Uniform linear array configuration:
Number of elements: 16
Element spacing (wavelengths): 0.25
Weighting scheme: exponential
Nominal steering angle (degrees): -45
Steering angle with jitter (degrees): -45.161
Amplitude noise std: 0.05
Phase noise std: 0.05

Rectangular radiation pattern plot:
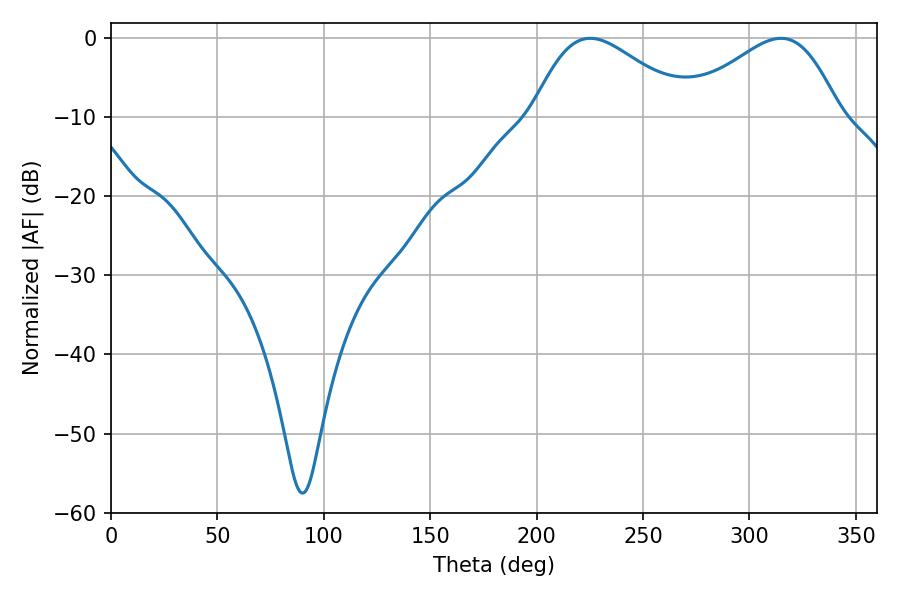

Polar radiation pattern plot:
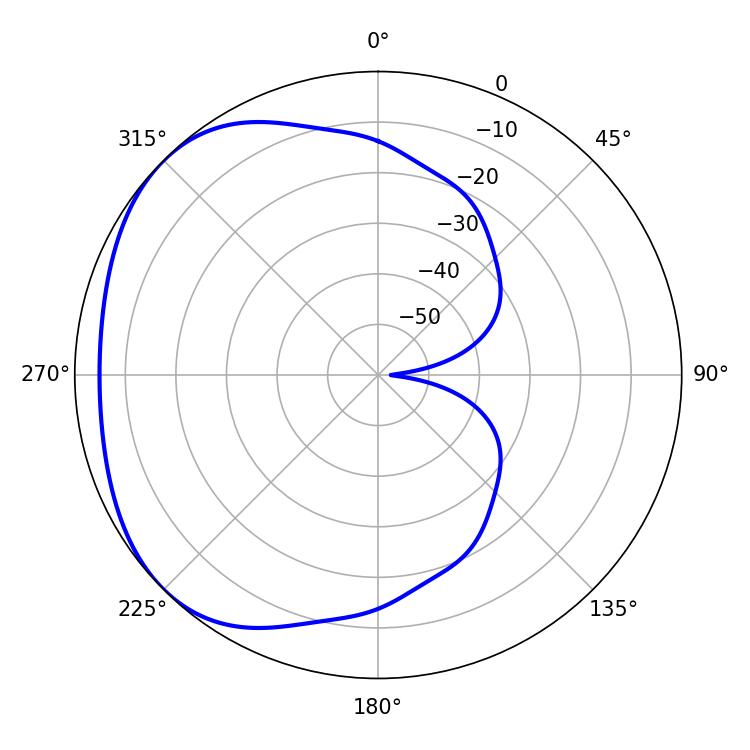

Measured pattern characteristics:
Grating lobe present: FALSE
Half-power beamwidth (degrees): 39.24
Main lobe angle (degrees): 225.18